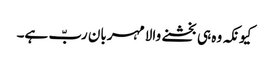
کیونکہ وہ ہی بخشنے والا مہربان ربّ ہے۔